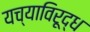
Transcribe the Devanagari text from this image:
यच्याविरूद्ध